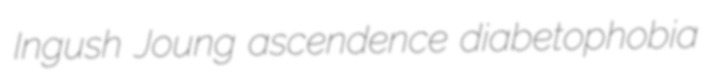
Ingush Joung ascendence diabetophobia